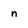
Character: n